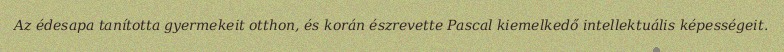
Az édesapa tanította gyermekeit otthon, és korán észrevette Pascal kiemelkedő intellektuális képességeit.